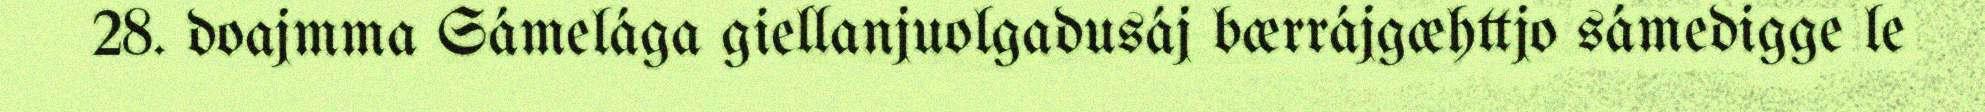
28. doajmma Sámelága giellanjuolgadusáj bærrájgæhttjo sámedigge le